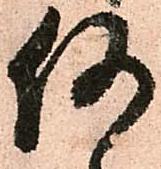
何